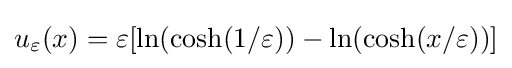
u_{\varepsilon }(x)=\varepsilon [\ln(\cosh(1/\varepsilon ))-\ln(\cosh(x/\varepsilon ))]